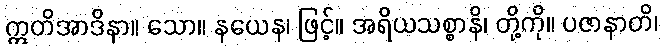
ဣတိအာဒိနာ။ သော။ နယေန၊ ဖြင့်။ အရိယသစ္စာနိ၊ တို့ကို။ ပဇာနာတိ၊